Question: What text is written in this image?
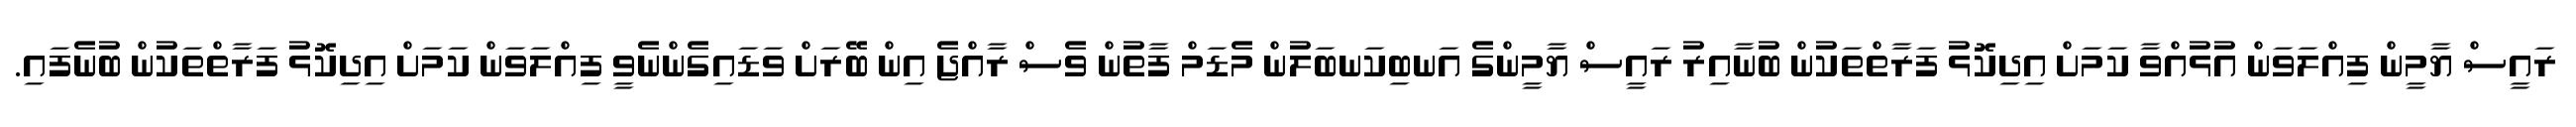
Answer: ރައީސް ޔާމީން ފިއްލަވަން އުޅުއްވާ ކަމަށް އިދިކޮޅު ފަރާތްތަކުން ބުނާއިރު ރައީސް ޔާމީންގެ އަނބިކަނބަލުން މެޑަމް ފާތުން ވެސް ރާއްޖެ އިން ބޭރަށް ވަޑައިގެންނެވީ ފިއްލަވަން ކަމަށް އިދިކޮޅު ފަރާތްތަކުން ބުނެފައި.